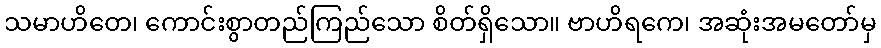
သမာဟိတေ၊ ကောင်းစွာတည်ကြည်သော စိတ်ရှိသော။ ဗာဟိရကေ၊ အဆုံးအမတော်မှ